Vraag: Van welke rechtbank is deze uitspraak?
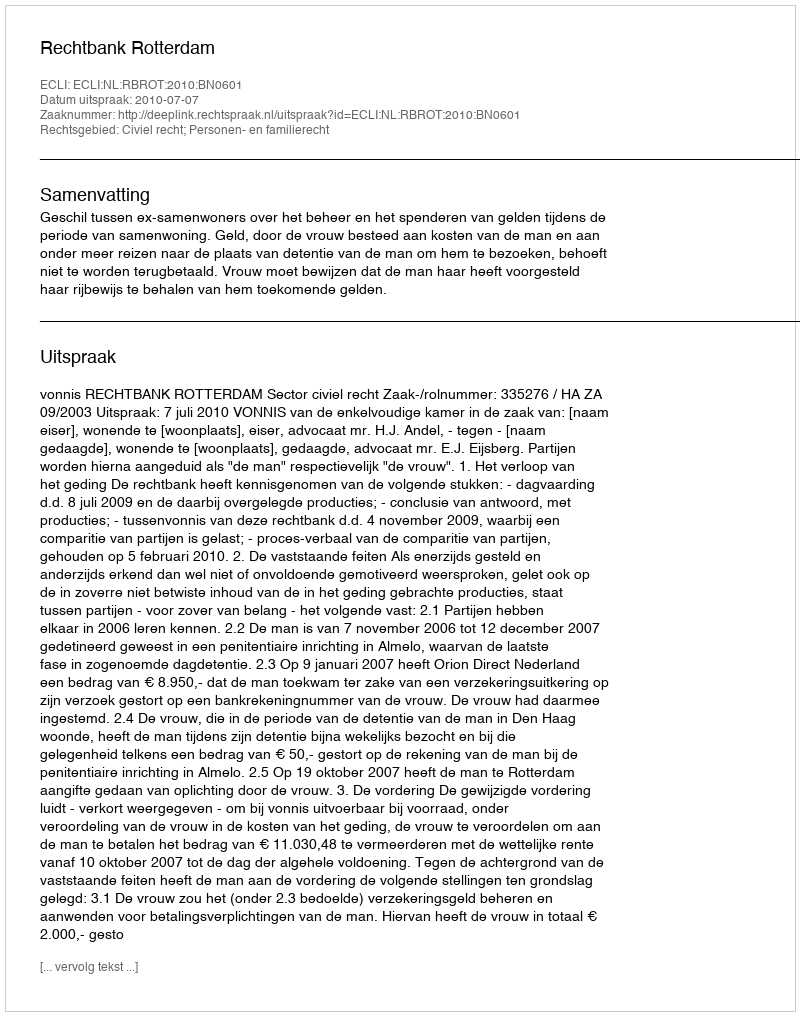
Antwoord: Rechtbank Rotterdam